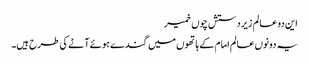
این دو عالم زیردستش چوں خمیر
یہ دونوں عالم امام کے ہاتھوں میں گندے ہوئے آٹے کی طرح ہیں۔